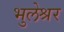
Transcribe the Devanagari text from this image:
भुलेश्रर